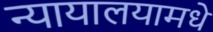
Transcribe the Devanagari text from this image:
न्यायालयामधे